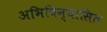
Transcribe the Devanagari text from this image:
अभिविन्यासित